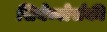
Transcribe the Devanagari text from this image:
सियेम्बोर्सकी